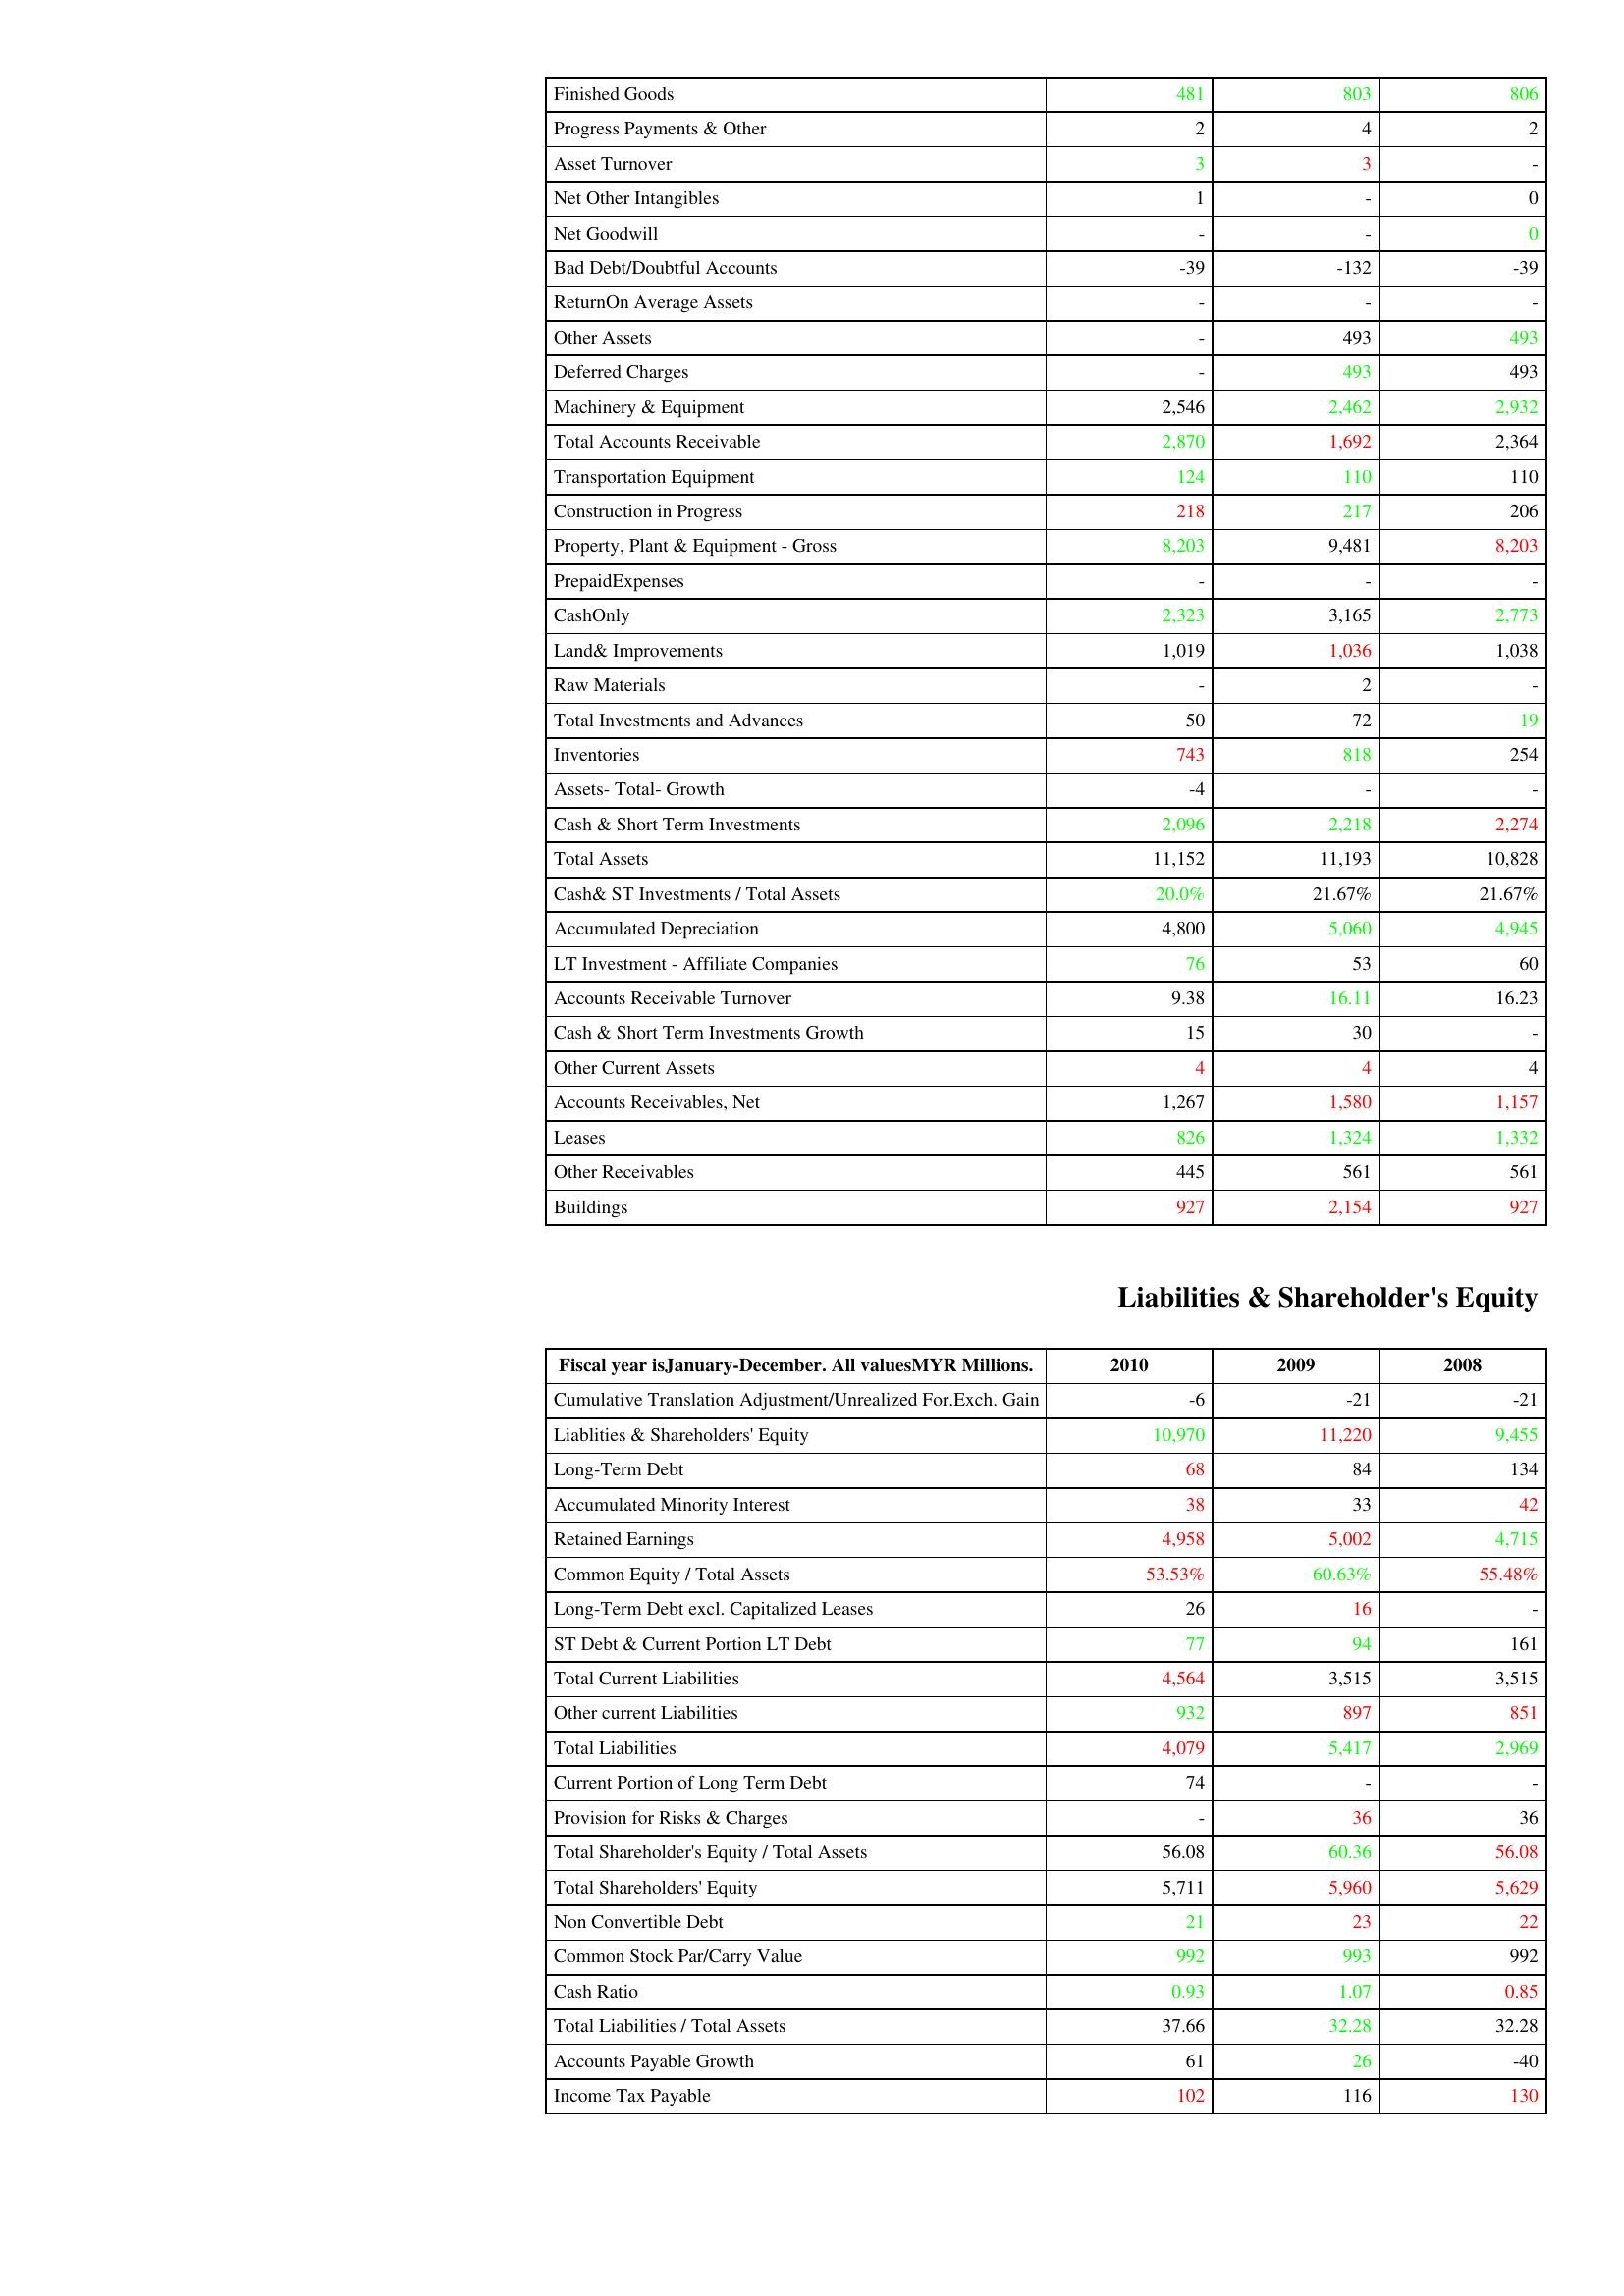
gt_parse: 2010: Assets: Finished Goods: 481
Progress Payments & Other: 2
Asset Turnover: 3
Net Other Intangibles: 1
Net Goodwill: -
Bad Debt/Doubtful Accounts: -39
ReturnOn Average Assets: -
Other Assets: -
Deferred Charges: -
Machinery & Equipment: 2,546
Total Accounts Receivable: 2,870
Transportation Equipment: 124
Construction in Progress: 218
Property, Plant & Equipment - Gross : 8,203
PrepaidExpenses: -
CashOnly: 2,323
Land& Improvements: 1,019
Raw Materials: -
Total Investments and Advances: 50
Inventories: 743
Assets- Total- Growth: -4
Cash & Short Term Investments: 2,096
Total Assets: 11,152
Cash& ST Investments / Total Assets: 20.0%
Accumulated Depreciation: 4,800
LT Investment - Affiliate Companies: 76
Accounts Receivable Turnover: 9.38
Cash & Short Term Investments Growth: 15
Other Current Assets: 4
Accounts Receivables, Net: 1,267
Leases: 826
Other Receivables: 445
Buildings: 927
Liabilities & Shareholder's Equity: Cumulative Translation Adjustment/Unrealized For.Exch. Gain: -6
Liablities & Shareholders' Equity: 10,970
Long-Term Debt: 68
Accumulated Minority Interest: 38
Retained Earnings: 4,958
Common Equity / Total Assets: 53.53%
Long-Term Debt excl. Capitalized Leases: 26
ST Debt & Current Portion LT Debt: 77
Total Current Liabilities: 4,564
Other current Liabilities: 932
Total Liabilities: 4,079
Current Portion of Long Term Debt: 74
Provision for Risks & Charges: -
Total Shareholder's Equity / Total Assets: 56.08
Total Shareholders' Equity: 5,711
Non Convertible Debt: 21
Common Stock Par/Carry Value: 992
Cash Ratio: 0.93
Total Liabilities / Total Assets: 37.66
Accounts Payable Growth: 61
Income Tax Payable: 102
2009: Assets: Finished Goods: 803
Progress Payments & Other: 4
Asset Turnover: 3
Net Other Intangibles: -
Net Goodwill: -
Bad Debt/Doubtful Accounts: -132
ReturnOn Average Assets: -
Other Assets: 493
Deferred Charges: 493
Machinery & Equipment: 2,462
Total Accounts Receivable: 1,692
Transportation Equipment: 110
Construction in Progress: 217
Property, Plant & Equipment - Gross : 9,481
PrepaidExpenses: -
CashOnly: 3,165
Land& Improvements: 1,036
Raw Materials: 2
Total Investments and Advances: 72
Inventories: 818
Assets- Total- Growth: -
Cash & Short Term Investments: 2,218
Total Assets: 11,193
Cash& ST Investments / Total Assets: 21.67%
Accumulated Depreciation: 5,060
LT Investment - Affiliate Companies: 53
Accounts Receivable Turnover: 16.11
Cash & Short Term Investments Growth: 30
Other Current Assets: 4
Accounts Receivables, Net: 1,580
Leases: 1,324
Other Receivables: 561
Buildings: 2,154
Liabilities & Shareholder's Equity: Cumulative Translation Adjustment/Unrealized For.Exch. Gain: -21
Liablities & Shareholders' Equity: 11,220
Long-Term Debt: 84
Accumulated Minority Interest: 33
Retained Earnings: 5,002
Common Equity / Total Assets: 60.63%
Long-Term Debt excl. Capitalized Leases: 16
ST Debt & Current Portion LT Debt: 94
Total Current Liabilities: 3,515
Other current Liabilities: 897
Total Liabilities: 5,417
Current Portion of Long Term Debt: -
Provision for Risks & Charges: 36
Total Shareholder's Equity / Total Assets: 60.36
Total Shareholders' Equity: 5,960
Non Convertible Debt: 23
Common Stock Par/Carry Value: 993
Cash Ratio: 1.07
Total Liabilities / Total Assets: 32.28
Accounts Payable Growth: 26
Income Tax Payable: 116
2008: Assets: Finished Goods: 806
Progress Payments & Other: 2
Asset Turnover: -
Net Other Intangibles: 0
Net Goodwill: 0
Bad Debt/Doubtful Accounts: -39
ReturnOn Average Assets: -
Other Assets: 493
Deferred Charges: 493
Machinery & Equipment: 2,932
Total Accounts Receivable: 2,364
Transportation Equipment: 110
Construction in Progress: 206
Property, Plant & Equipment - Gross : 8,203
PrepaidExpenses: -
CashOnly: 2,773
Land& Improvements: 1,038
Raw Materials: -
Total Investments and Advances: 19
Inventories: 254
Assets- Total- Growth: -
Cash & Short Term Investments: 2,274
Total Assets: 10,828
Cash& ST Investments / Total Assets: 21.67%
Accumulated Depreciation: 4,945
LT Investment - Affiliate Companies: 60
Accounts Receivable Turnover: 16.23
Cash & Short Term Investments Growth: -
Other Current Assets: 4
Accounts Receivables, Net: 1,157
Leases: 1,332
Other Receivables: 561
Buildings: 927
Liabilities & Shareholder's Equity: Cumulative Translation Adjustment/Unrealized For.Exch. Gain: -21
Liablities & Shareholders' Equity: 9,455
Long-Term Debt: 134
Accumulated Minority Interest: 42
Retained Earnings: 4,715
Common Equity / Total Assets: 55.48%
Long-Term Debt excl. Capitalized Leases: -
ST Debt & Current Portion LT Debt: 161
Total Current Liabilities: 3,515
Other current Liabilities: 851
Total Liabilities: 2,969
Current Portion of Long Term Debt: -
Provision for Risks & Charges: 36
Total Shareholder's Equity / Total Assets: 56.08
Total Shareholders' Equity: 5,629
Non Convertible Debt: 22
Common Stock Par/Carry Value: 992
Cash Ratio: 0.85
Total Liabilities / Total Assets: 32.28
Accounts Payable Growth: -40
Income Tax Payable: 130